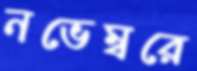
নভেম্বরে